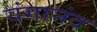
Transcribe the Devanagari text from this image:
यंगानंद